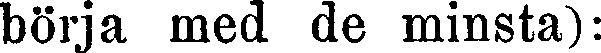
börja med de minsta):